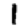
Digit: 1